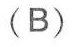
(B)